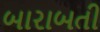
બારાબતી